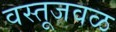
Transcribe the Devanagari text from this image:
वस्तूजवळ